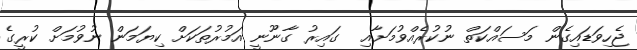
ޖެހިވަޑައިގެން މަސައްކަތް ނުކުރެއްވުމަށާއި  ގައިރު ގާނޫނީ އަމުރުތަކަށް ކިޔަމަން ނުވުމަށް ކުރީގެ